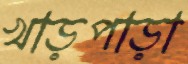
খাড়পাড়া